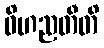
ဝိဟညတီတိ